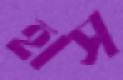
হাস